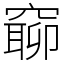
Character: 窷